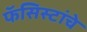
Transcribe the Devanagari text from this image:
फॅसिस्टांचे